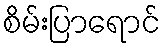
စိမ်းပြာရောင်